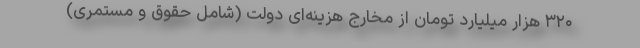
۳۲۰ هزار میلیارد تومان از مخارج هزینه‌ای دولت (شامل حقوق و مستمری)